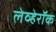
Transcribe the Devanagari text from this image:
लेव्हेरॉक